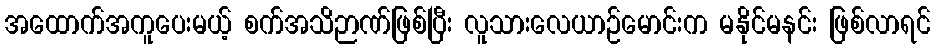
အထောက်အကူပေးမယ့် စက်အသိဉာဏ်ဖြစ်ပြီး လူသားလေယာဉ်မောင်းက မနိုင်မနင်း ဖြစ်လာရင်